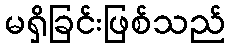
မရှိခြင်းဖြစ်သည်